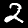
Digit: 2